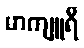
မာကျူရီ